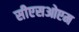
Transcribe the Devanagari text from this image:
सीएसओएम